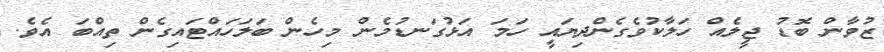
ޒުވާން ބޮޑު ޖީލެއް ހަލާކުވެގެންދިޔައީ ހަމަ އަޅުގަނޑުމެން މިހެން ބަލަހައްޓައިގެން ތިއްބަ އެވެ.